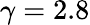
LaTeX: \gamma=2.8